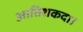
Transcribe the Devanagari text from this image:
आतिशकदा।